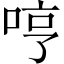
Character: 哼